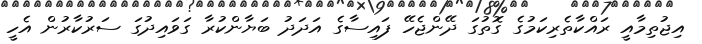
އިޖުތިމާއީ ރައްކާތެރިކަމުގެ ގޮތުގަ ދޭންޖެހޭ ފައިސާގެ އަދަދު ބަޔާންކުރާ ގަވައިދުގަ ސަރުކާރުން އެހީ